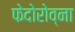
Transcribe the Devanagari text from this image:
फेदोरोव्ना